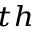
^ { t h }